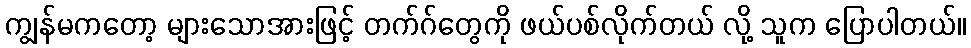
ကျွန်မကတော့ များသောအားဖြင့် တက်ဂ်တွေကို ဖယ်ပစ်လိုက်တယ် လို့ သူက ပြောပါတယ်။